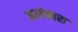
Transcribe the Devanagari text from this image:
अलंकारा